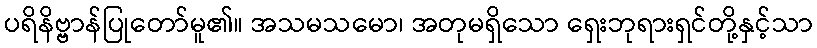
ပရိနိဗ္ဗာန်ပြုတော်မူ၏။ အသမသမော၊ အတုမရှိသော ရှေးဘုရားရှင်တို့နှင့်သာ